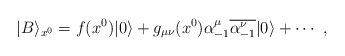
\begin{align*}|B \rangle_{x^0} = f(x^0) |0 \rangle +g_{\mu \nu}(x^0) \alpha^\mu_{-1} \overline{\alpha^\nu_{-1}} |0 \rangle+\cdots~,\end{align*}